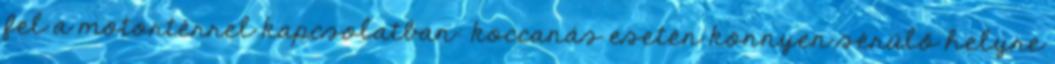
fel a motortérrel kapcsolatban: koccanás esetén könnyen sérülő helyre